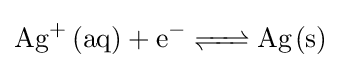
{\ce {Ag^+ (aq) + e^- <=> Ag(s)}}